Lunatic asylums United Prov. 1922-30 - 1922-1930
Year: 1922
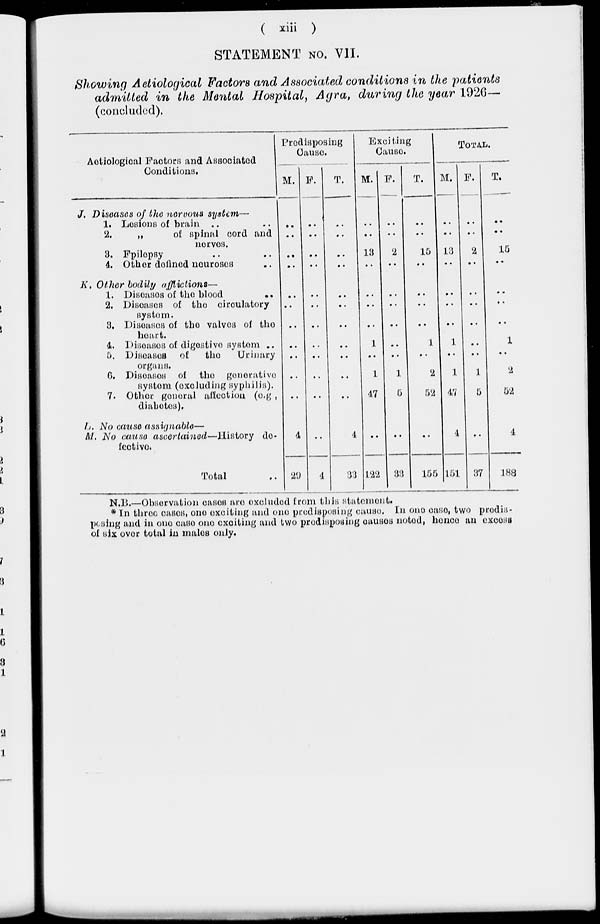
( xiii )
STATEMENT NO. VII.
Showing Aetiological Factors and Associated conditions in the patients
admitted in the Mental Hospital, Agra, during the year 1926—
(concluded).
Aetiological Factors and Associated
Conditions.
J. Diseases of the nervous system—
1. Lesions of brain .. ..
2.
„
of spinal cord and
nerves.
3. Epilepsy .. ..
4. Other defined neuroses ..
K. Other bodily afflictions—
1. Diseases of the blood ..
2. Diseases of the circulatory
system.
3. Diseases of the valves of the
heart.
4. Diseases of digestive system ..
5. Diseases of
the
Urinary
organs.
6. Diseases of the generative
system (excluding syphilis).
7. Other general affection (e.g ,
diabetes).
L. No cause assignable—
M. No cause ascertained—History de-
fective.
Total ..
Predisposing
Cause.
M.
..
..
..
..
..
..
..
..
..
..
..
4
29
F.
..
..
..
..
..
..
..
..
..
..
..
..
4
T.
..
..
..
..
..
..
..
..
..
..
..
4
33
Exciting
Cause.
M.
..
..
13
..
..
..
..
1
..
1
47
..
122
F.
..
..
2
..
..
..
..
..
..
1
5
..
33
T.
..
..
15
..
..
..
..
1
..
2
52
..
155
TOTAL.
M.
..
..
13
..
..
..
..
1
..
1
47
4
151
E.
..
..
2
..
..
..
..
..
..
1
5
..
37
T.
..
..
15
..
..
..
..
1
..
2
52
4
188
N.B.—Observation cases are excluded from this statement.
* In three cases, one exciting and one predisposing cause. In one case, two predis-
posing and in one case one exciting and two predisposing causes noted, hence an excess
of six over total in males only.